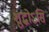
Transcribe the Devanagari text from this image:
शुद्धोऽसि